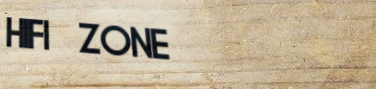
HIFI ZONE